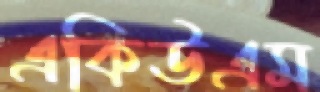
একিউএম